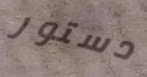
دستور